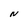
Character: N